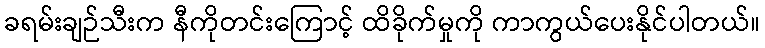
ခရမ်းချဉ်သီးက နီကိုတင်းကြောင့် ထိခိုက်မှုကို ကာကွယ်ပေးနိုင်ပါတယ်။